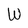
Character: W